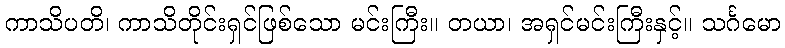
ကာသိပတိ၊ ကာသိတိုင်းရှင်ဖြစ်သော မင်းကြီး။ တယာ၊ အရှင်မင်းကြီးနှင့်။ သင်္ဂမော